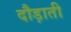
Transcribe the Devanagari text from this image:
दौड़ाती